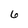
Character: 6